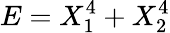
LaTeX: E=X_{1}^{4}+X_{2}^{4}